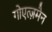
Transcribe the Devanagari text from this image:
गोएत्ज़मैन